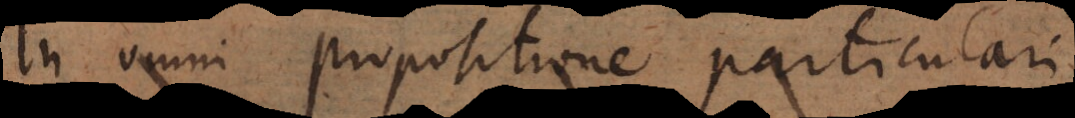
In omni propositione particulari